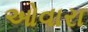
ઓવારા